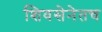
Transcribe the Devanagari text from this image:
शिवसेनेतच